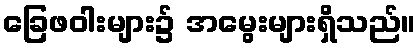
ခြေဖဝါးများ၌ အမွေးများရှိသည်။